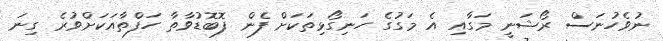
ނުވެހުނަސް ރޯޝަނީ މަގާއި އެ މަގުގެ ހަނިގޯޅިތަކަށް ފެން ފޮބޮޑުވާތާ ހަފްތާއަކަށްވުރެ ގިނަ